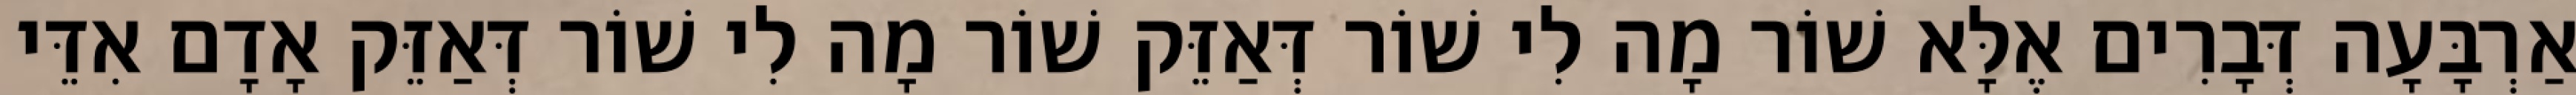
אַרְבָּעָה דְּבָרִים אֶלָּא שׁוֹר מָה לִי שׁוֹר דְּאַזֵּק שׁוֹר מָה לִי שׁוֹר דְּאַזֵּק אָדָם אִדֵּי